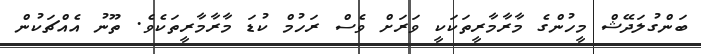
ބަންގުލަދޭޝް މީހުންގެ މާރާމާރީތަކަކީ ވަރަށް ވެސް ރަހުމް ކުޑަ މާރާމާރީތަކެވެ. ތޫނު އެއްޗަކުން